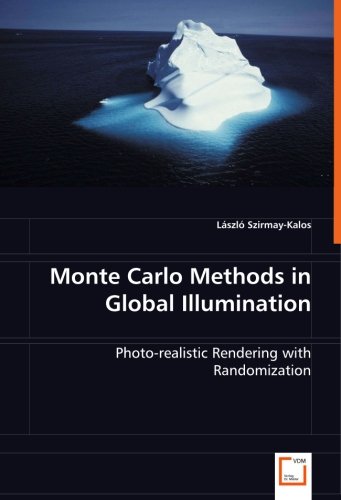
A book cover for Monte Carlo Methods in Global Illumination: Photo-realistic Rendering with Randomization; LÃ¡szlÃ³ Szirmay-Kalos; Computers & Technology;